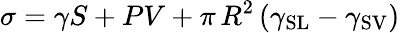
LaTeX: \sigma=\gamma S+PV+\pi\, R^{2}\left(\gamma_{\mathrm{SL}}-\gamma_{\mathrm{SV}}\right)